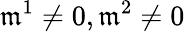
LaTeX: \mathfrak{m}^{1}\neq0,\mathfrak{m}^{2}\neq0